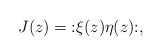
\begin{align*} J(z) = \mathopen: \xi(z)\eta(z) \mathclose:,\end{align*}